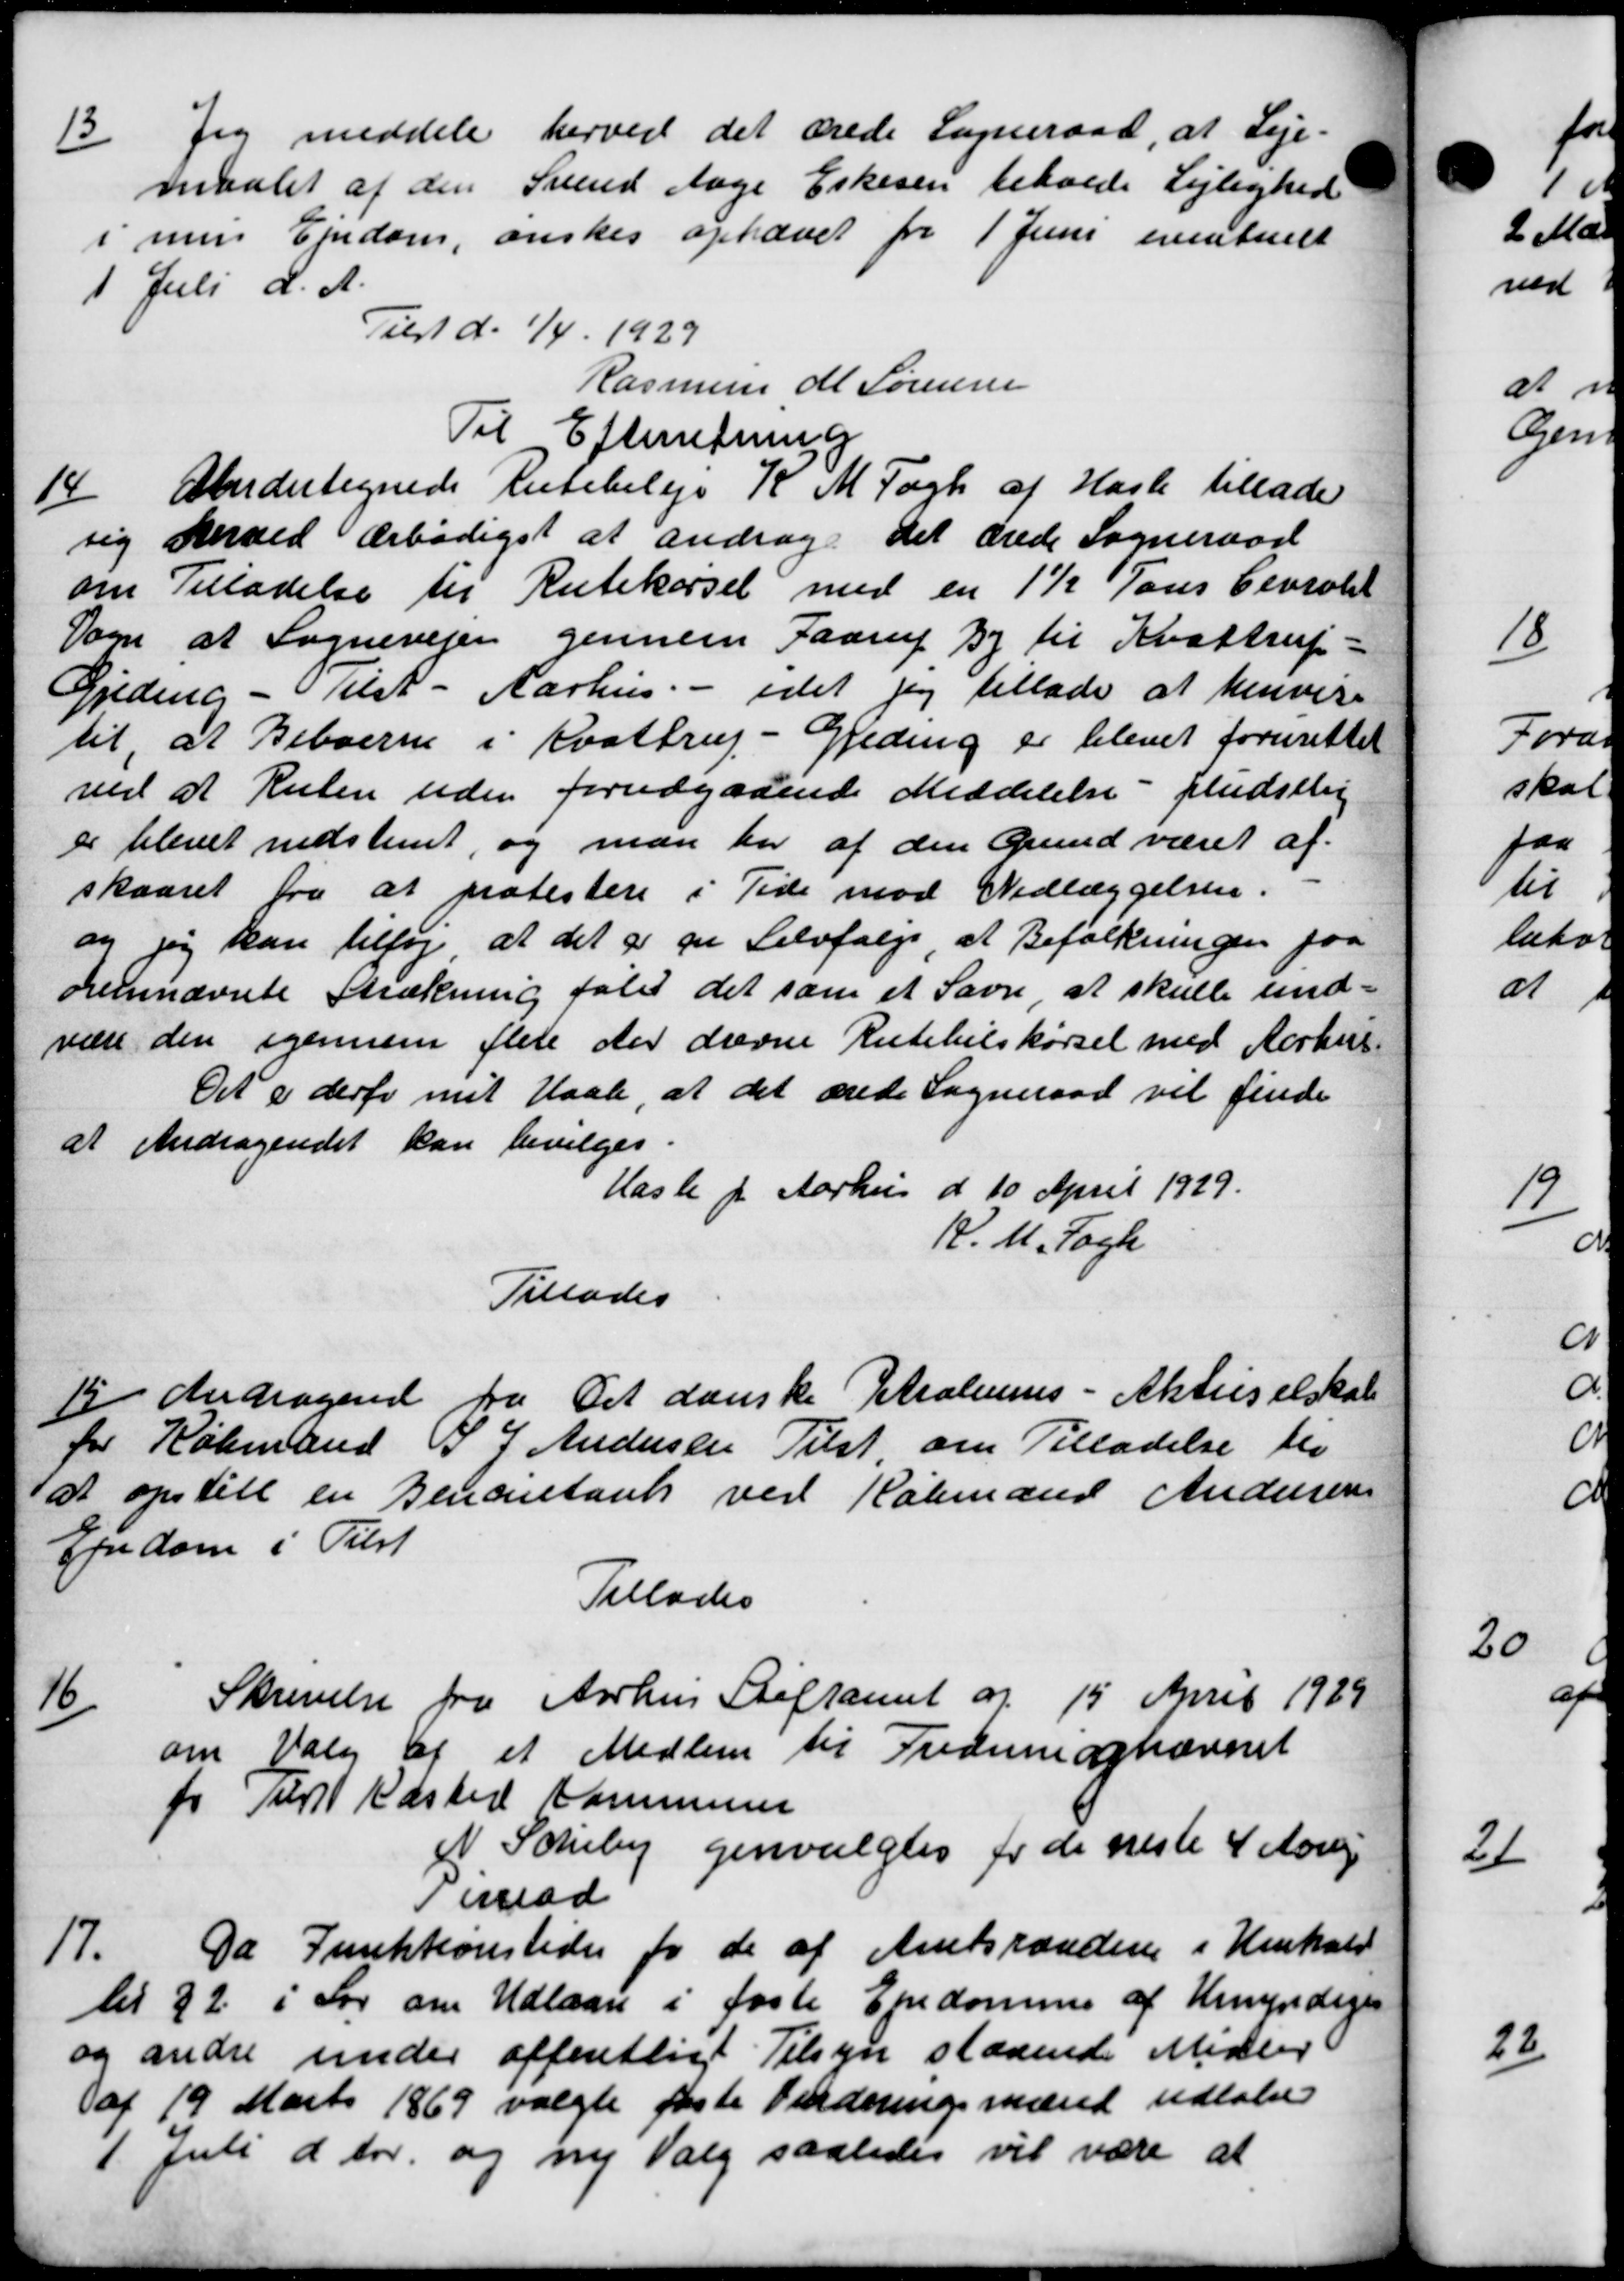
Transskription:
13
Jeg meddele herved det ærede Sogneraad, at Leje-
maalet af den Svend Aage Eskesen beholde Lejlighed
i mens Ejendom, ønskes ophævet for 1 Juni eventuelt
1 Juli d. A.
Tilst d. 1/4. 1929
Rasmuss M Sørensen
Til Efterretning
14
Undertegnede Rutebileje K M Fogh af Hasle tillade
sig herved ærbødigst at andrage det ærede Sogneraad
om Tilladelse til Rutekørsel med en 1½ Tons Ceviolet
Som at Sognevejen gennem Faarup By til Kvattrup-
Gjeding - Tilst - Aarhus. - idet jeg tillade at henvise
til, at Beboerne i Kvattrup - Greding er blevet forurettet
ved at Ruten uden forudgaaende Meddelelse - pludstlig
er blevet nedstemt, og man har af den Grundværet af
skaaret fra at protestere i Tide mod Nedlæggelsen.
og jeg kan tilføj at det er pr Selvfølge at Befolkningen paa
ovennævnte Strækning fald det som et Savn, at skulle und-
være den igennem flere der drevne Rutebilkørsel med Aarhus.
Det i derfor mit Haal, at det ærede Sogneraad vil finde
at Andragendet kan bevilges.
Hasle pr Aarhus d 10 April 1929.
K. M. Fogh
Tillades
15. Andragende fra Det danske Petroleums - Aktieselskab
for Købmand P J Andersen Tilst om Tilladelse til
at opstill en Bencentank ved Købmand Andersen
Ejendom i Tilst
Tillades
16
Skrivelse fra Aarhus Stiftamt af 15 April 1929
om Valg af et Medlem til Frederne ophævnet
for Til Elsted Kommunen
N. Scheby genvalgtes for de næste 4 Aarig
Tillad
17.
Da Junkkonstiden for de af Amtsraadene i Henhold
til 22 i Lov om Udlaan i faste Ejendomme af Umyndiges
og andre under offentligt Tilsyn staaende Midler
af 19 Marts 1869 valgte faste Vurderingsmænd udløbe
1 Juli d Aar. og ny Valg saaledes vil være at